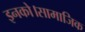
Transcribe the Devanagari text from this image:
इनको।सामाजिक